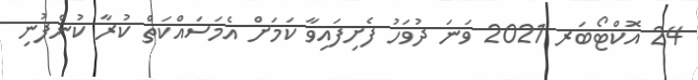
24 އޮކްޓޯބަރ 2021 ވަނަ ދުވަހު ފެށިފައިވާ ކަމަށް އެމަސައްކަތް ކުރާ ކުންފުނި